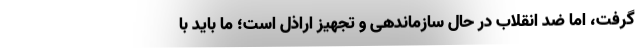
گرفت، اما ضد انقلاب در حال سازماندهی و تجهیز اراذل است؛ ما باید با